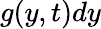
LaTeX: g(y,t)dy